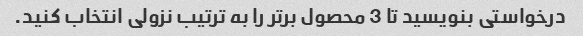
درخواستی بنویسید تا 3 محصول برتر را به ترتیب نزولی انتخاب کنید.